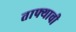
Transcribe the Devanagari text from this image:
ताफ्याची